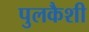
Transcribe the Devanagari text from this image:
पुलकैशी